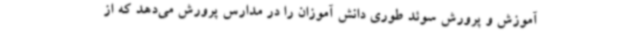
آموزش و پرورش سوئد طوری دانش آموزان را در مدارس پرورش می‌دهد که از